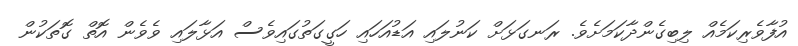
އުފާވެރިކަމެއް ލިބިގެންދާކަމަށެވެ. ރަނގަޅަށް ކަނުލައި އަޑުއަހައި ހަގީގަތުގައިވެސް އަޅާލައި ވެވެން އޮތް ގޮތަކުން